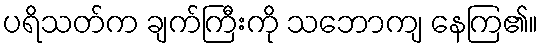
ပရိသတ်က ချက်ကြီးကို သဘောကျ နေကြ၏။